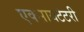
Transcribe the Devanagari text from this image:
एक्सायटेटरी